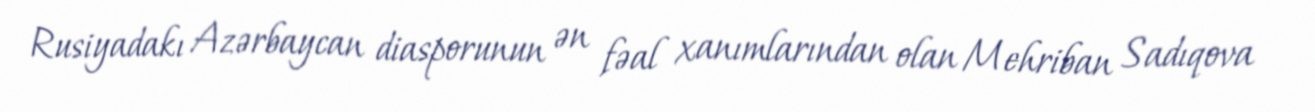
Rusiyadakı Azərbaycan diasporunun ən fəal xanımlarından olan Mehriban Sadıqova